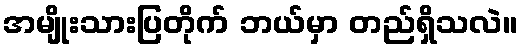
အမျိုးသားပြတိုက် ဘယ်မှာ တည်ရှိသလဲ။